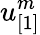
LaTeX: u_{[1]}^{m}